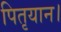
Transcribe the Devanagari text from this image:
पितृयान।